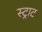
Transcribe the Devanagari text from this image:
स्ट्राट